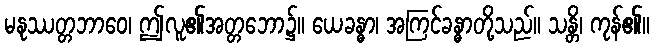
မနုဿတ္တဘာဝေ၊ ဤလူ၏အတ္တဘော၌။ ယေခန္ဓာ၊ အကြင်ခန္ဓာတို့သည်။ သန္တိ၊ ကုန်၏။